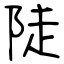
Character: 陡